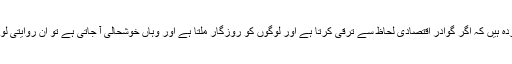
‘یقیناً وہاں ایسی روایتی قوتیں موجود ہیں جو اس بات سے خوفزدہ ہیں کہ اگر گوادر اقتصادی لحاظ سے ترقی کرتا ہے اور لوگوں کو روزگار ملتا ہے اور وہاں خوشحالی آ جاتی ہے تو ان روایتی لوگوں کا وہاں کے رہنے والوں پر سے کنٹرول ختم ہو جائے گا۔